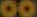
00